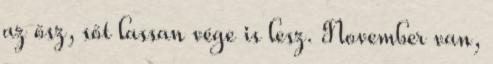
az ősz, sőt lassan vége is lesz. November van,